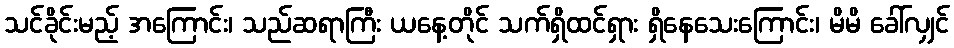
သင်ခိုင်းမည့် အကြောင်း၊ သည်ဆရာကြီး ယနေ့တိုင် သက်ရှိထင်ရှား ရှိနေသေးကြောင်း၊ မိမိ ခေါ်လျှင်